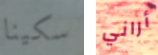
سكينا أراني